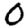
Digit: 0